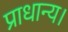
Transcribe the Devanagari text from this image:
प्राधान्य।